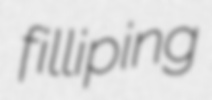
filliping